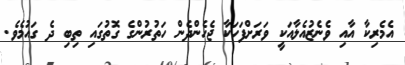
އެމެރިކާ އާއި ވެނެޒުއެލާއަކީ ވަރަށްފަހަކާ ޖެހެންދެން ހަތުރުންގެ ގޮތުގައި ތިބި ދެ ގައުމެވެ.